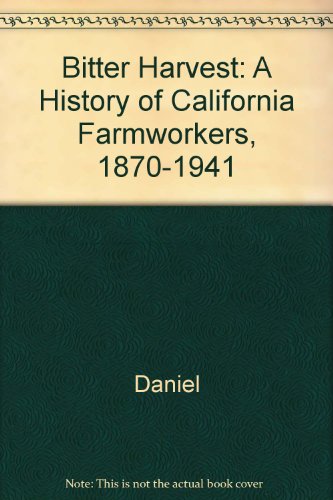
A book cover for Bitter Harvest: A History of California Farmworkers, 1870-1941; Cletus E. Daniel; Business & Money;